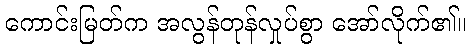
ကောင်းမြတ်က အလွန်တုန်လှုပ်စွာ အော်လိုက်၏။